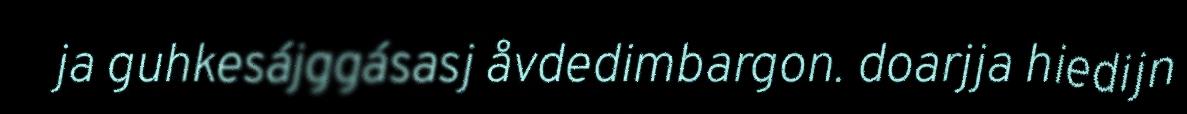
ja guhkesájggásasj åvdedimbargon. doarjja hiedijn